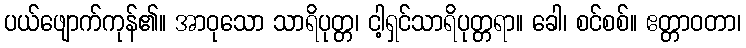
ပယ်ဖျောက်ကုန်၏။ အာဝုသော သာရိပုတ္တ၊ ငါ့ရှင်သာရိပုတ္တရာ။ ခေါ၊ စင်စစ်။ ဧတ္တာဝတာ၊